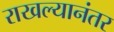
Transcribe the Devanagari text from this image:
राखल्यानंतर